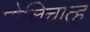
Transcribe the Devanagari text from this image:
पोल्लिचात्हू